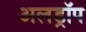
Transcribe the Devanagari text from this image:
अलड्रॉप